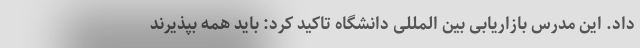
داد. این مدرس بازاریابی بین المللی دانشگاه تاکید کرد: باید همه بپذیرند